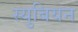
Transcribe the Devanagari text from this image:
स्युबियन